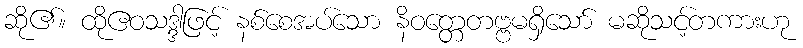
ဆို၏။ ထိုဧဝသဒ္ဒါဖြင့် နစ်စေအပ်သော နိဝတ္တေတဗ္ဗမရှိသော် မဆိုသင့်တကားဟု